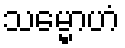
သမ္မောဟံ